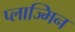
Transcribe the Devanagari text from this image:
प्लाज्मिन